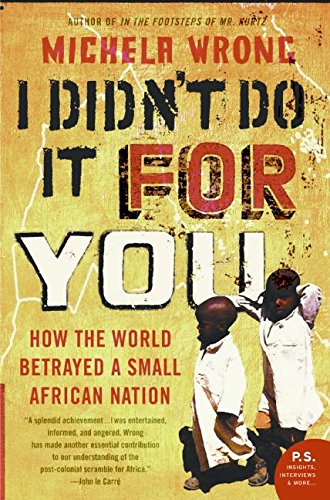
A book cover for I Didn't Do It for You: How the World Betrayed a Small African Nation; Michela Wrong; Biographies & Memoirs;